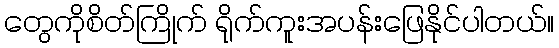
တွေကိုစိတ်ကြိုက် ရိုက်ကူးအပန်းဖြေနိုင်ပါတယ်။